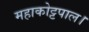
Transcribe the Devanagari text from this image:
महाकोट्टपाल।